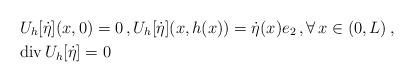
LaTeX: \begin{align*}& U_h[\dot{\eta}](x,0) = 0\,, U_h[\dot{\eta}](x,h(x)) = \dot{\eta}(x) e_2 \,, \forall \, x \in (0,L)\,,\\& {\rm div} \, U_h[\dot{\eta}] = 0 \end{align*}